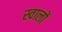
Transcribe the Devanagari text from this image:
स्वालों